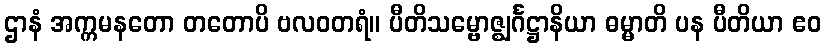
ဌာနံ အက္ကမနတော တတောပိ ဗလဝတရံ။ ပီတိသမ္ဗောဇ္ဈင်္ဂဋ္ဌာနိယာ ဓမ္မာတိ ပန ပီတိယာ ဧဝ